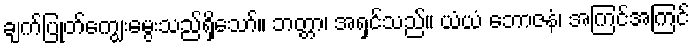
ချက်ပြုတ်ကျွေးမွေးသည်ရှိသော်။ ဘတ္တာ၊ အရှင်သည်။ ယံယံ ဘောဇနံ၊ အကြင်အကြင်